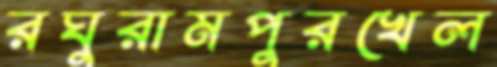
রঘুরামপুরখেল